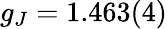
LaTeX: g_{J}=1.463(4)